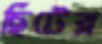
ছিটের